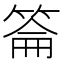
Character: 䈁